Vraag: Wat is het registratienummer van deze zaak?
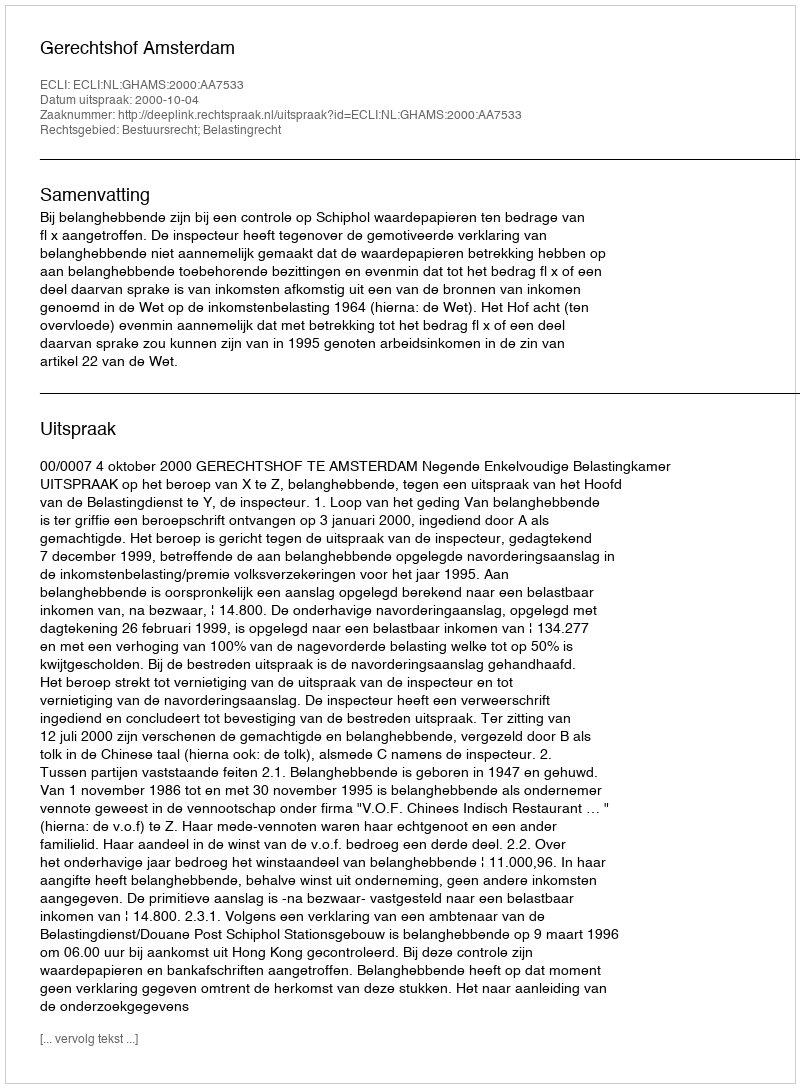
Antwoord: http://deeplink.rechtspraak.nl/uitspraak?id=ECLI:NL:GHAMS:2000:AA7533